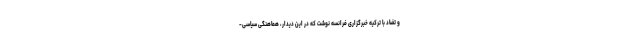
و تضاد با ترکیه خبرگزاری فرانسه نوشت که در این دیدار، هماهنگی سیاسی-